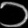
Digit: ၁